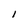
Character: I